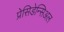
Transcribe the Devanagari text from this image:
प्रेसिडेन्सिअल